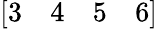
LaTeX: [\begin{array}{llll}{3}&{4}&{5}&{6}\end{array}]